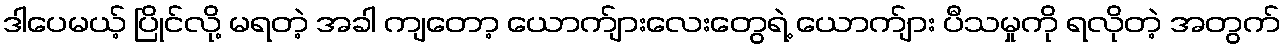
ဒါပေမယ့် ပြိုင်လို့ မရတဲ့ အခါ ကျတော့ ယောက်ျားလေးတွေရဲ့ ယောက်ျား ပီသမှုကို ရလိုတဲ့ အတွက်